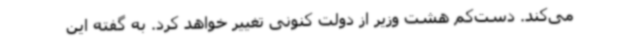
می‌کند. دست‌کم هشت وزیر از دولت کنونی تغییر خواهد کرد. به گفته این